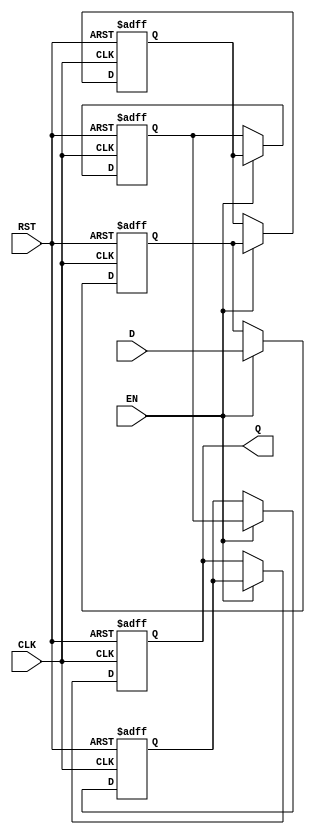
module multistage_register #(
    parameter N = 4,          // Number of stages (flip-flops)
    parameter WIDTH = 8       // Data width
) (
    input wire [WIDTH-1:0] D,  // Data Input
    input wire CLK,              // Clock
    input wire EN,               // Enable signal
    input wire RST,              // Reset signal
    output reg [WIDTH-1:0] Q     // Data Output
);

    // Internal registers to hold data for each stage
    reg [WIDTH-1:0] stage [0:N-1];

    integer i;

    always @(posedge CLK or posedge RST) begin
        if (RST) begin
            // Asynchronous reset
            for (i = 0; i < N; i = i + 1) begin
                stage[i] <= {WIDTH{1'b0}};    // Clear all stages
            end
            Q <= {WIDTH{1'b0}};               // Clear output
        end
        else if (EN) begin
            // Load data into the first stage or propagate data through stages
            stage[0] <= D;                    // Load external input into the first stage
            for (i = 1; i < N; i = i + 1) begin
                // Shift data through the stages
                stage[i] <= stage[i-1];       // Propagate data to the next stage
            end
            Q <= stage[N-1];                  // Output the last stage
        end
    end

endmodule